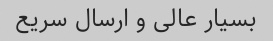
بسیار عالی و ارسال سریع